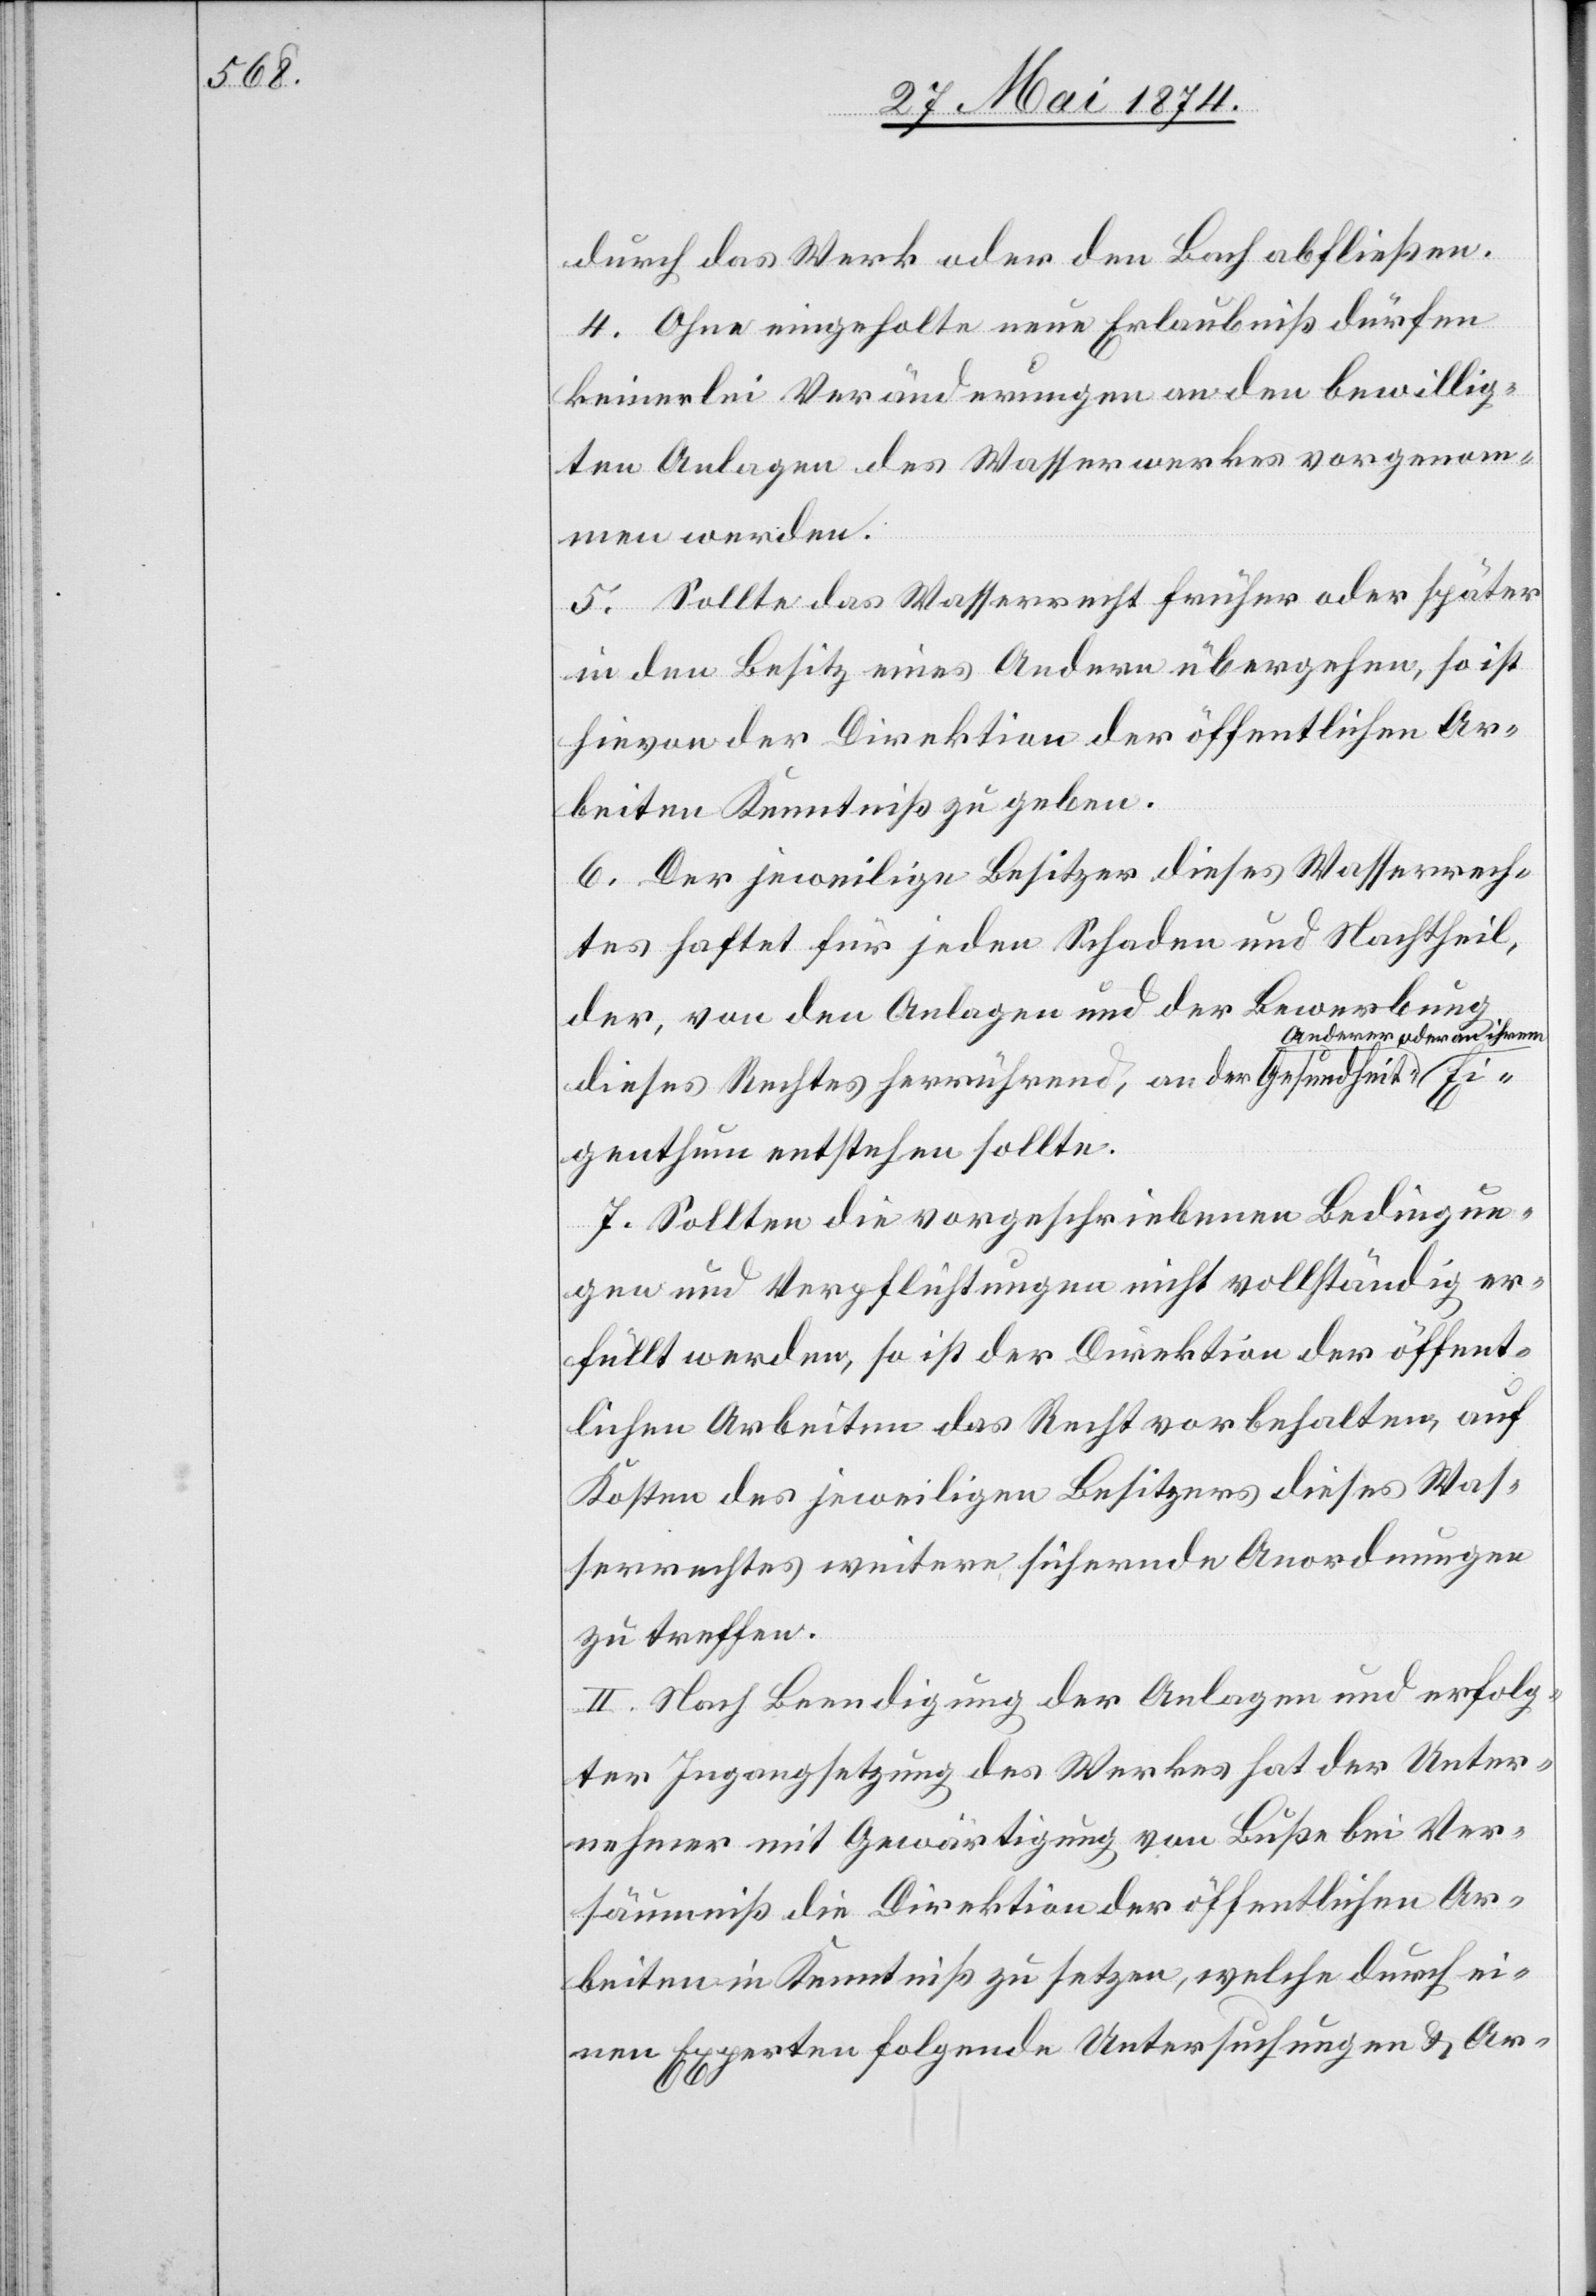
durch das Werk oder den Bach abfließen.
4. Ohne eingeholte neue Erlaubniß dürfen
keinerlei Veränderungen an den bewillig¬
ten Anlagen des Wasserwerkes vorgenom¬
men werden.
5. Sollte das Wasserrecht früher oder später
in den Besitz eines Andern übergehen, so ist
hievon der Direktion der öffentlichen Ar¬
beiten Kenntniß zu geben.
6. Der jeweilige Besitzer dieses Wasserrech¬
tes haftet für jeden Schaden und Nachtheil,
der, von den Anlagen und der Bewerbung
nderer oder an ihrem
dieses Rechtes herrührend, an der Gesundheit A¬
Eigenthum entstehen sollte.
7. Sollten die vorgeschriebenen Bedingun¬
gen und Verpflichtungen nicht vollständig er¬
füllt werden, so ist der Direktion der öffent¬
lichen Arbeiten das Recht vorbehalten, auf
Kosten des jeweiligen Besitzers dieses Was¬
serrechtes weitere sichernde Anordnungen
zu treffen.
II. Nach Beendigung der Anlagen und erfolg¬
ter Ingangsetzung des Werkes hat der Unter¬
nehmer mit Gewärtigung von Buße bei Ver¬
säumniß die Direktion der öffentlichen Ar¬
beiten in Kenntniß zu setzen, welche durch ei¬
nen Experten folgende Untersuchungen u. Ar-